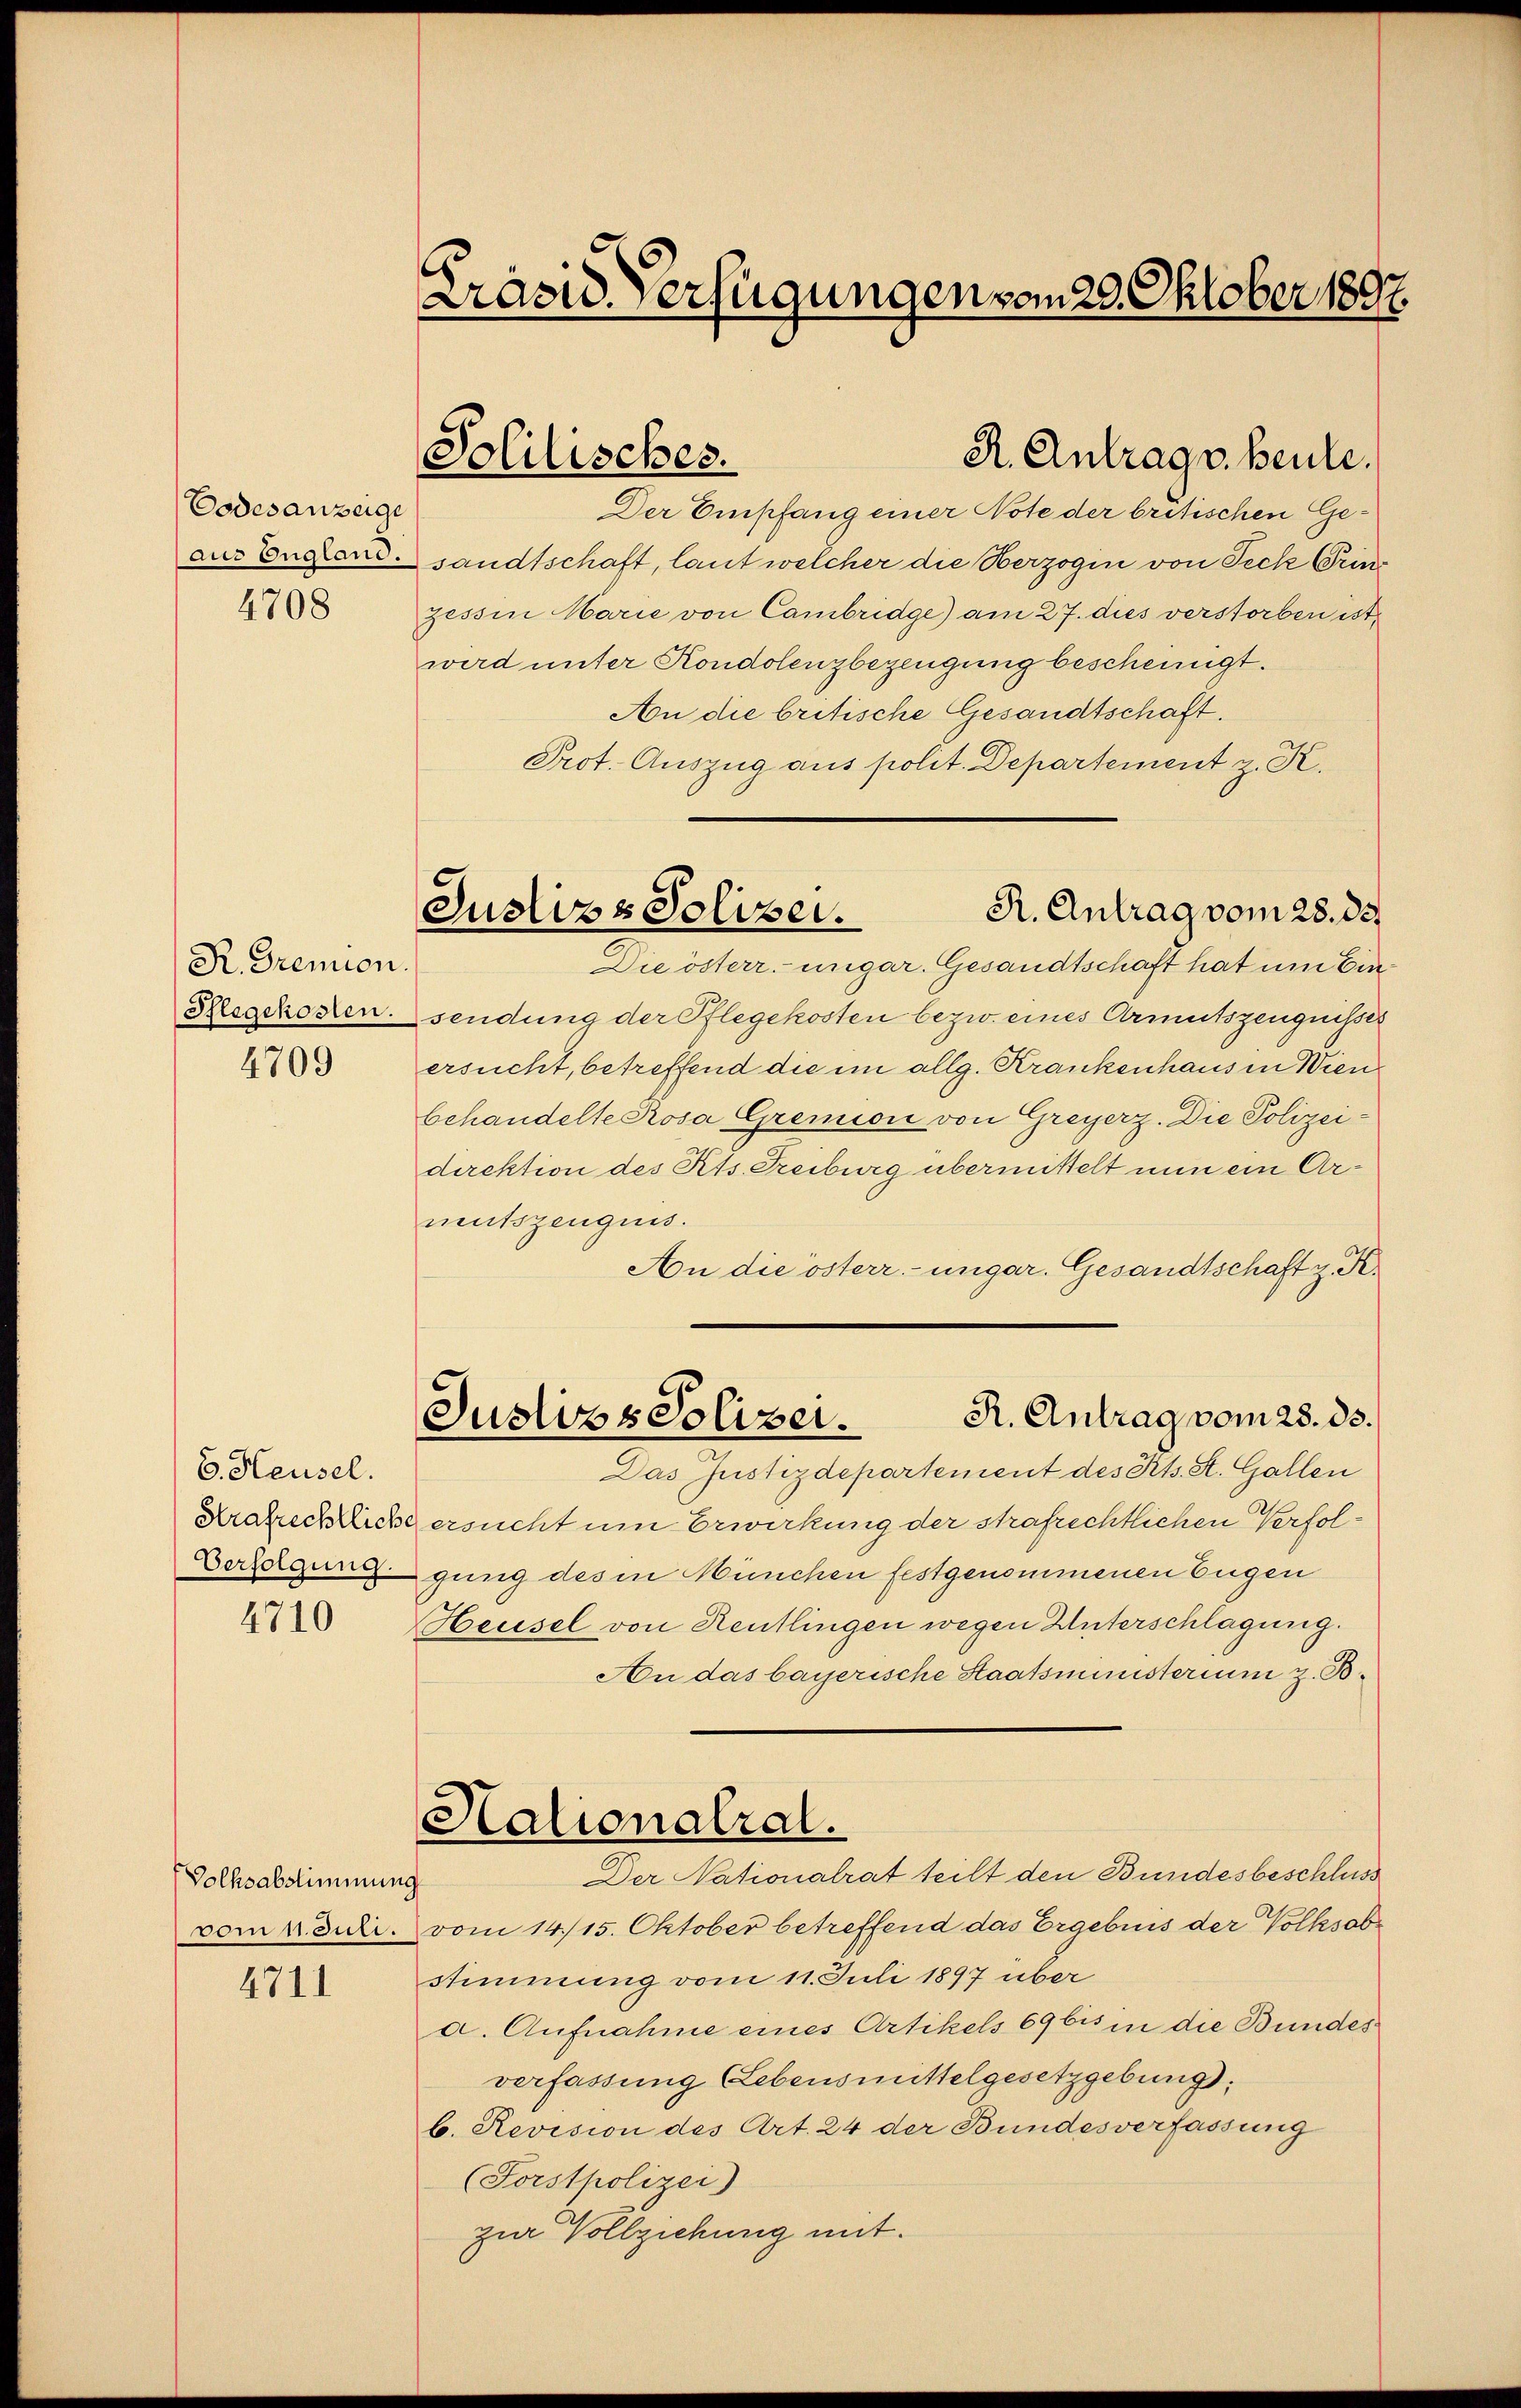
Podesanzeige
aus England.
4708

R. Gremion.
Pflegekosten.

4709

4710

Volksabstimmung
vom 1. Juli.

4711

Präsid. Verfügungen vom 29. Oktober 1897.

6. Heusel.
Verfolgung.

Solitisches.

R. Antrag vom 28. ds.
Justizs Soliser.

Der Empfang einer Note der britischen Gesandtschaft, laut welcher die Herzogin von Teck Prinzessin Marie von Cambridge) am 27. dies verstorben ist
wird unter Kondolenzbezeugung bescheinigt.
An die britische Gesandtschaft.
Prot. Auszug aus polit. Departement z. K.
Die österr. ungar. Gesandtschaft hat um Einsendung der Pflegekosten bezw. eines Armutszeugnisses
ersucht, betreffend die im allg. Krankenhaus in Wienbehandelte Rosa Gremion von Greyerz. Die Polizeidirektion des Kts. Treiburg übermittelt nun ein Armutszeugnis.
An die österr.-ungar. Gesandtschaft z. K.
R. Antrag vom 25. ds.
Justizs Polizei.
Das Justizdepartement des Kts. St. Gallen
Krakechliche ersucht um Erwirkung der strafrechtlichen Verfolgung des in München festgenommenen Eugen
Heusel von Reutlingen wegen Unterschlagung.
An das bayerische Staatsministerium z. B.
Halionalrat.
Der Nationalrat teilt den Bundesbeschluss
vom 14./15. Oktober betreffend das Ergebnis der Volksobe
stimmung vom 11. Juli 1897 über
a. Aufnahme eines Artikels 69 bis in die Bundes
verfassung (Lebensmittelgesetzgebung
b. Revision des Art. 24 der Bundesverfassung
(Sorstpolizei)
zur Vollziehung mit.

R. Antrag v. heute.